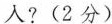
人?(2分)